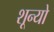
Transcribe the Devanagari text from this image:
शून्यो